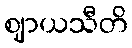
ဈာယသီတိ